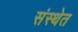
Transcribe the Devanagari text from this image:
संस्‍थेत